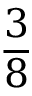
\frac { 3 } { 8 }